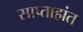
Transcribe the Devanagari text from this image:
साप्ताहांत